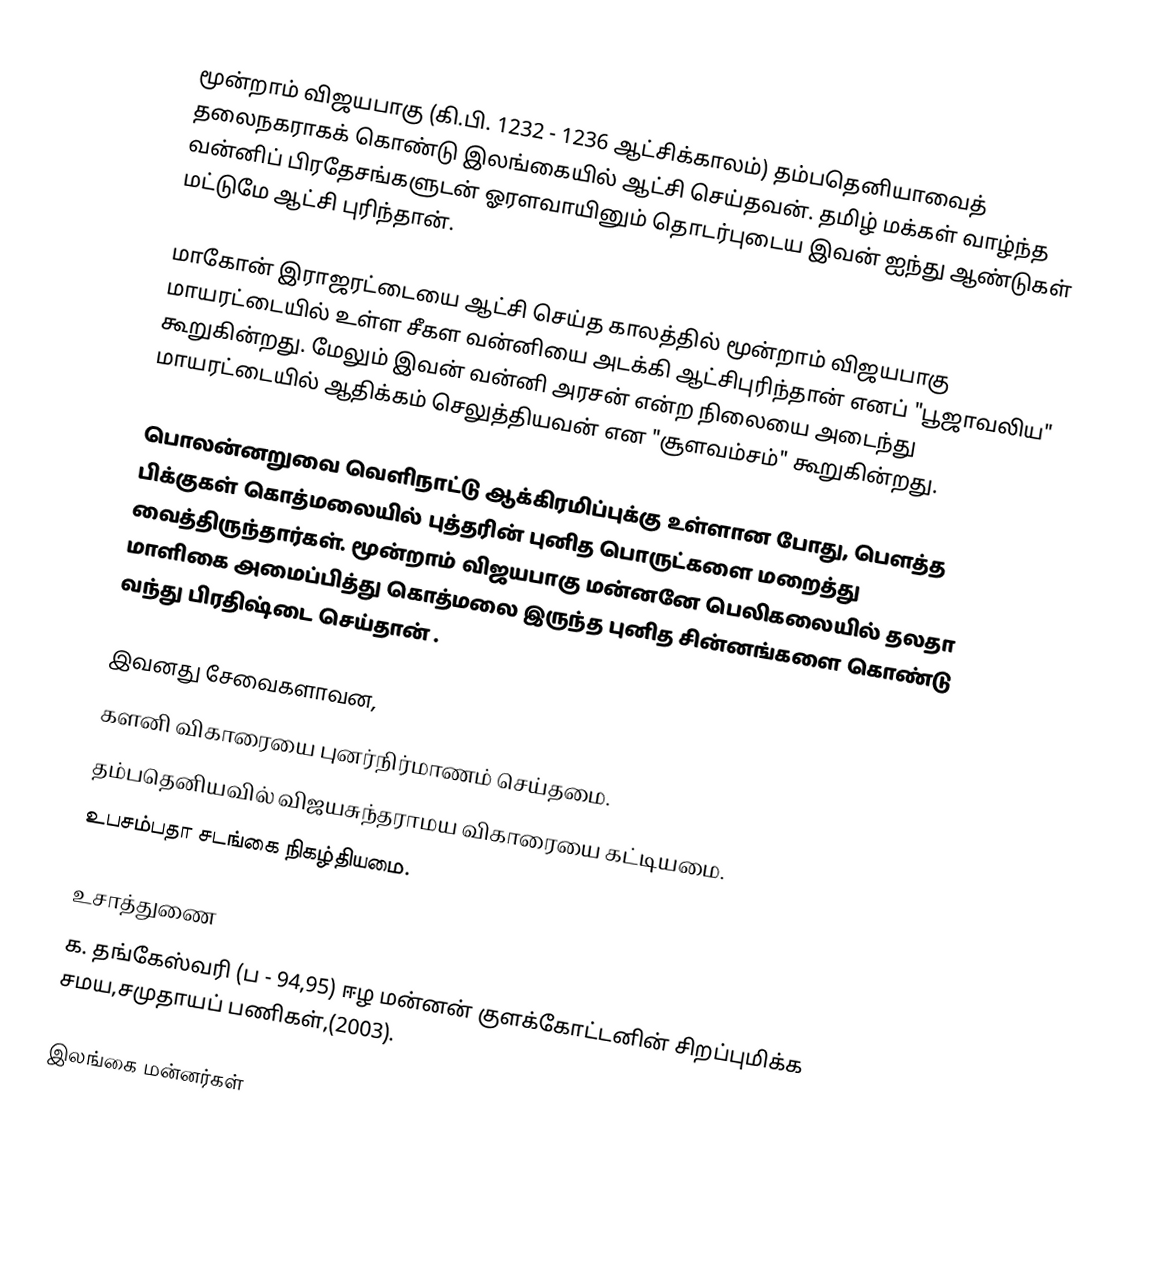
மூன்றாம் விஜயபாகு (கி.பி. 1232 - 1236 ஆட்சிக்காலம்) தம்பதெனியாவைத் தலைநகராகக் கொண்டு இலங்கையில் ஆட்சி செய்தவன். தமிழ் மக்கள் வாழ்ந்த வன்னிப் பிரதேசங்களுடன் ஓரளவாயினும் தொடர்புடைய இவன் ஐந்து ஆண்டுகள் மட்டுமே ஆட்சி புரிந்தான்.

மாகோன் இராஜரட்டையை ஆட்சி செய்த காலத்தில் மூன்றாம் விஜயபாகு மாயரட்டையில் உள்ள சீகள வன்னியை அடக்கி ஆட்சிபுரிந்தான் எனப் "பூஜாவலிய" கூறுகின்றது. மேலும் இவன் வன்னி அரசன் என்ற நிலையை அடைந்து மாயரட்டையில் ஆதிக்கம் செலுத்தியவன் என "சூளவம்சம்" கூறுகின்றது.

பொலன்னறுவை வெளிநாட்டு ஆக்கிரமிப்புக்கு உள்ளான போது, பெளத்த பிக்குகள் கொத்மலையில் புத்தரின் புனித பொருட்களை மறைத்து வைத்திருந்தார்கள். மூன்றாம் விஜயபாகு மன்னனே பெலிகலையில் தலதா மாளிகை அமைப்பித்து கொத்மலை இருந்த புனித சின்னங்களை கொண்டு வந்து பிரதிஷ்டை செய்தான் .

இவனது சேவைகளாவன,
களனி விகாரையை புனர்நிர்மாணம் செய்தமை.
தம்பதெனியவில் விஜயசுந்தராமய விகாரையை கட்டியமை.
உபசம்பதா சடங்கை நிகழ்தியமை.

உசாத்துணை
 க. தங்கேஸ்வரி (ப - 94,95) ஈழ மன்னன் குளக்கோட்டனின் சிறப்புமிக்க சமய,சமுதாயப் பணிகள்,(2003).

இலங்கை மன்னர்கள்